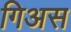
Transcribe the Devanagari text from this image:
गिअस